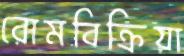
রোমবিক্রিয়া